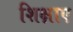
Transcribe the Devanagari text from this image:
शिक्षाए